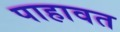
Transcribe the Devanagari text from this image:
पाहावत